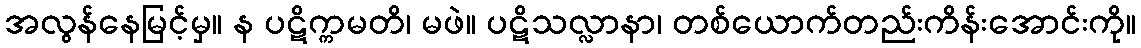
အလွန်နေမြင့်မှ။ န ပဋိက္ကမတိ၊ မဖဲ။ ပဋိသလ္လာနာ၊ တစ်ယောက်တည်းကိန်းအောင်းကို။